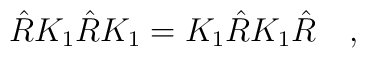
\hat{R} K_{1} \hat{R} K_{1} = K_{1} \hat{R} K_{1} \hat{R} \quad ,